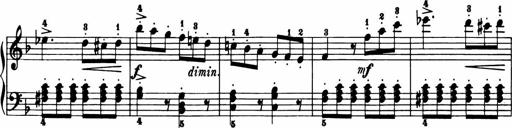
Title: 11 Sonatinas for Piano Solo
Composer: Anton Diabelli